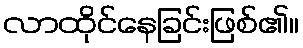
လာထိုင်နေခြင်းဖြစ်၏။